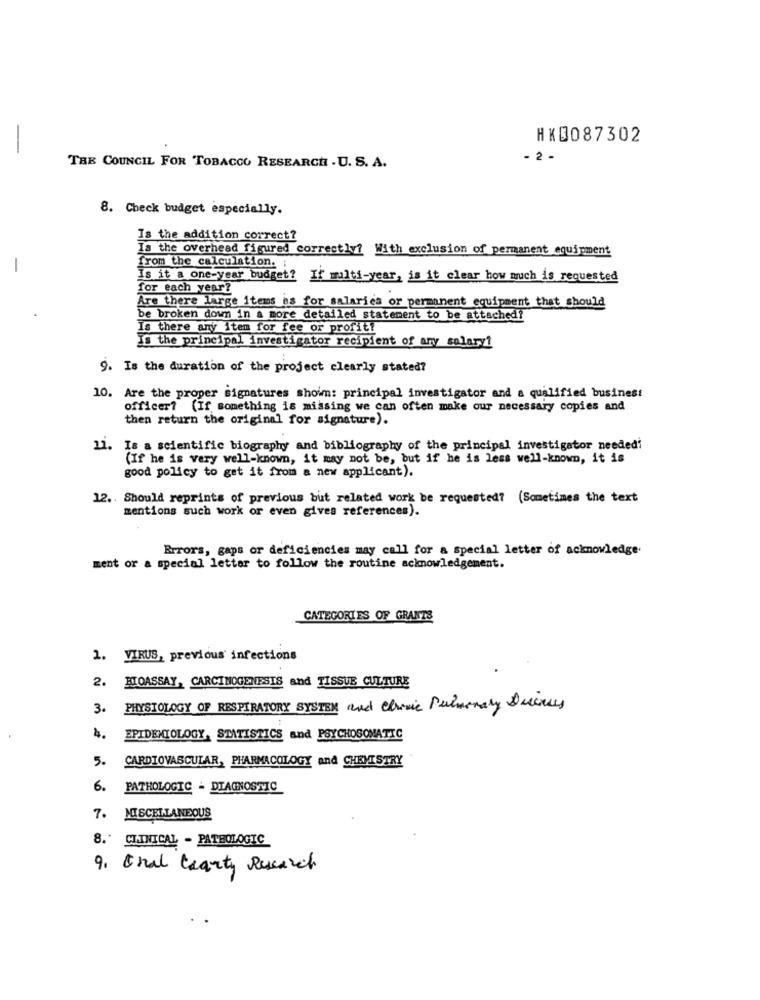
HK0087302
-
- 2 -
THE COUNCIL FOR TOBACCO RESEARCH . U. S. A.
8. Check budget especially.
Is the addition correct?
Is the overhead figured correctly? With exclusion of permanent equipment
-
from the calculation. ;
Is it a one-year budget? If multi-year, is it clear how much is requested
for each year?
Are there large items as for salaries or permanent equipment that should
be broken down in a more detailed statement to be attached?
Is there any item for fee or profit!
Is the principal investigator recipient of any salary!
9. Is the duration of the project clearly stated?
10. Are the proper signatures shoim: principal investigator and a qualified business
officer? (If something is missing we can often make our necessary copies and
then return the original for signature).
11.
Is a scientific biography and bibliography of the principal investigator neededi
(If he is very well-known, it may not be, but if he is less well-known, it is
good policy to get it from a new applicant).
12 .. Should reprints of previous but related work be requested? (Sometimes the text
mentions such work or even gives references).
Errors, gaps or deficiencies may call for a special letter of acknowledge.
ment or a special letter to follow the routine acknowledgement.
CATEGORIES OF GRANTS
1. VIRUS, previous infections
2. BIOASSAY, CARCINOGENESIS and TISSUE CULTURE
3.
PHYSIOLOGY OF RESPIRATORY SYSTEM and Chronic Pulmonary Disease,
4.
EPIDEMIOLOGY, STATISTICS and PSYCHOSOMATIC
5.
CARDIOVASCULAR, PHARMACOLOGY and CHEMISTRY
6.
PATHOLOGIC - DIAGNOSTIC
7.
MISCELLANEOUS
8.' CLINICAL - PATHOLOGIC
9. Oral Charty Research